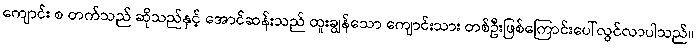
ကျောင်း စ တက်သည် ဆိုသည်နှင့် အောင်ဆန်းသည် ထူးချွန်သော ကျောင်းသား တစ်ဦးဖြစ်ကြောင်းပေါ်လွင်လာပါသည်။